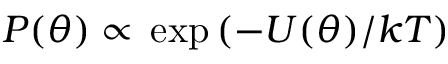
P ( \theta ) \propto { } \exp \left( - U ( \theta ) / k T \right)